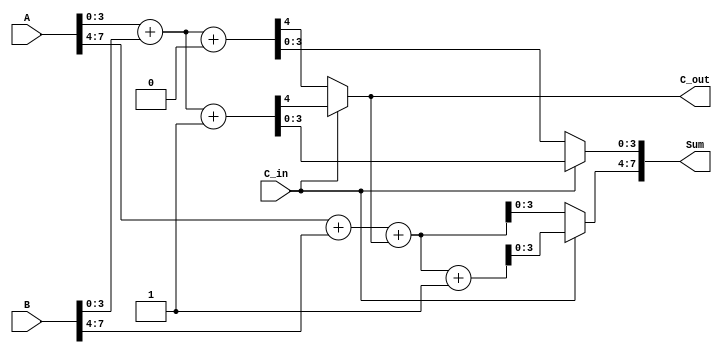
module CarrySelectAdder (
    input [7:0] A,       // 8-bit input A
    input [7:0] B,       // 8-bit input B
    input C_in,          // Carry input
    output [7:0] Sum,    // 8-bit sum output
    output C_out         // Carry output
);

    wire [3:0] S0_0, S0_1, S1_0, S1_1; // Sum outputs for segments assuming C_in = 0 and C_in = 1
    wire C0, C1; // Carry outputs for segments
    wire C_select; // Carry select signal

    // Segment 0 (lower 4 bits)
    assign {C0, S0_0} = A[3:0] + B[3:0] + 1'b0; // C_in = 0
    assign {C1, S0_1} = A[3:0] + B[3:0] + 1'b1; // C_in = 1

    // Segment 1 (upper 4 bits)
    assign {C0, S1_0} = A[7:4] + B[7:4] + C_select; // C_in = C_select
    assign {C1, S1_1} = A[7:4] + B[7:4] + C_select + 1'b1; // C_in = C_select + 1

    // Carry selection logic
    assign C_select = C_in ? C1 : C0; // Select carry based on C_in
    assign Sum = {C_in ? S1_1 : S1_0, C_in ? S0_1 : S0_0}; // Select sum based on C_in
    assign C_out = C_in ? C1 : C0; // Final carry output

endmodule